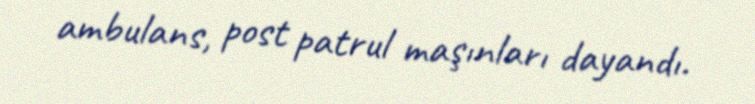
ambulans, post patrul maşınları dayandı.